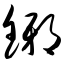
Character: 铘